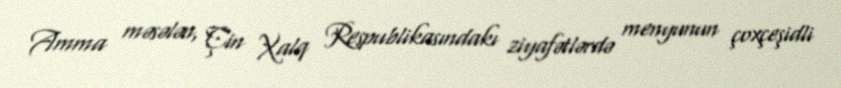
Amma məsələn, Çin Xalq Respublikasındakı ziyafətlərdə menyunun çoxçeşidli